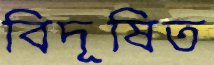
বিদূষিত